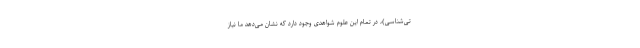
تی‌‌شناسی)، در تمام این علوم شواهدی وجود دارد که نشان می‌دهد ما نیاز